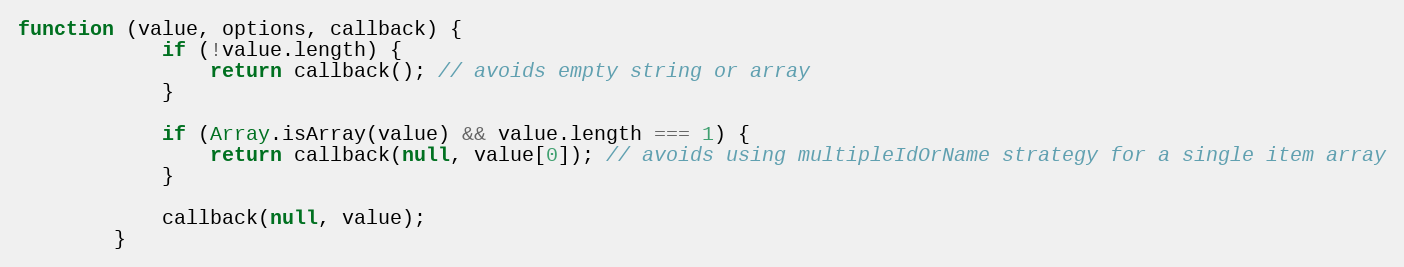
Language: JavaScript
function (value, options, callback) {
            if (!value.length) {
                return callback(); // avoids empty string or array
            }

            if (Array.isArray(value) && value.length === 1) {
                return callback(null, value[0]); // avoids using multipleIdOrName strategy for a single item array
            }

            callback(null, value);
        }